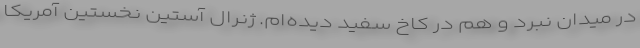
در میدان نبرد و هم در کاخ سفید دیده‌ام. ژنرال آستین نخستین آمریکا